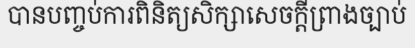
បានបញ្ចប់ការពិនិត្យសិក្សាសេចក្តីព្រាងច្បាប់